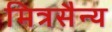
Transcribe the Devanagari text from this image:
मित्रसैन्य